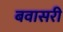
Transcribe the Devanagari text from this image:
बवासरी